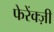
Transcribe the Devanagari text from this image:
फेरेंक्ज़ी